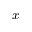
x